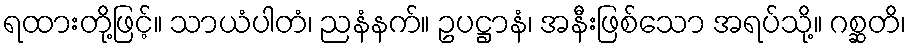
ရထားတို့ဖြင့်။ သာယံပါတံ၊ ညနံနက်။ ဥပဋ္ဌာနံ၊ အနီးဖြစ်သော အရပ်သို့။ ဂစ္ဆတိ၊